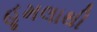
હૂમલાથી